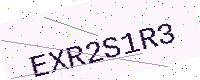
Text: EXR2S1R3